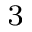
_ 3